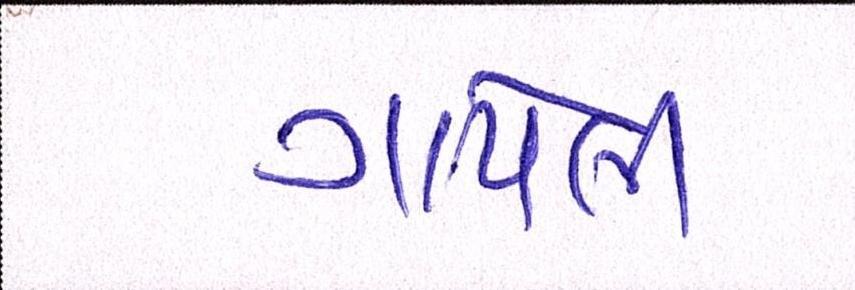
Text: ગાયેલી